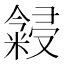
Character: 𬖳